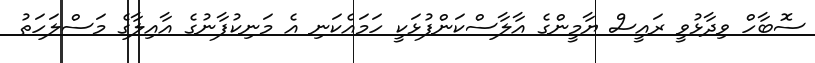
ސޮބާހް ވިދާޅުވީ ރައީސް ޔާމީންގެ އާލާސްކަންފުޅަކީ ހަމައެކަނި އެ މަނިކުފާނުގެ އާއިލާގެ މަސްލަހަތު